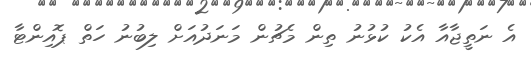
އެ ނަތީޖާއާ އެކު ކުޅުނު ތިން މެޗުން މަނަދުއަށް ލިބުނު ހަތް ޕޮއިންޓާ